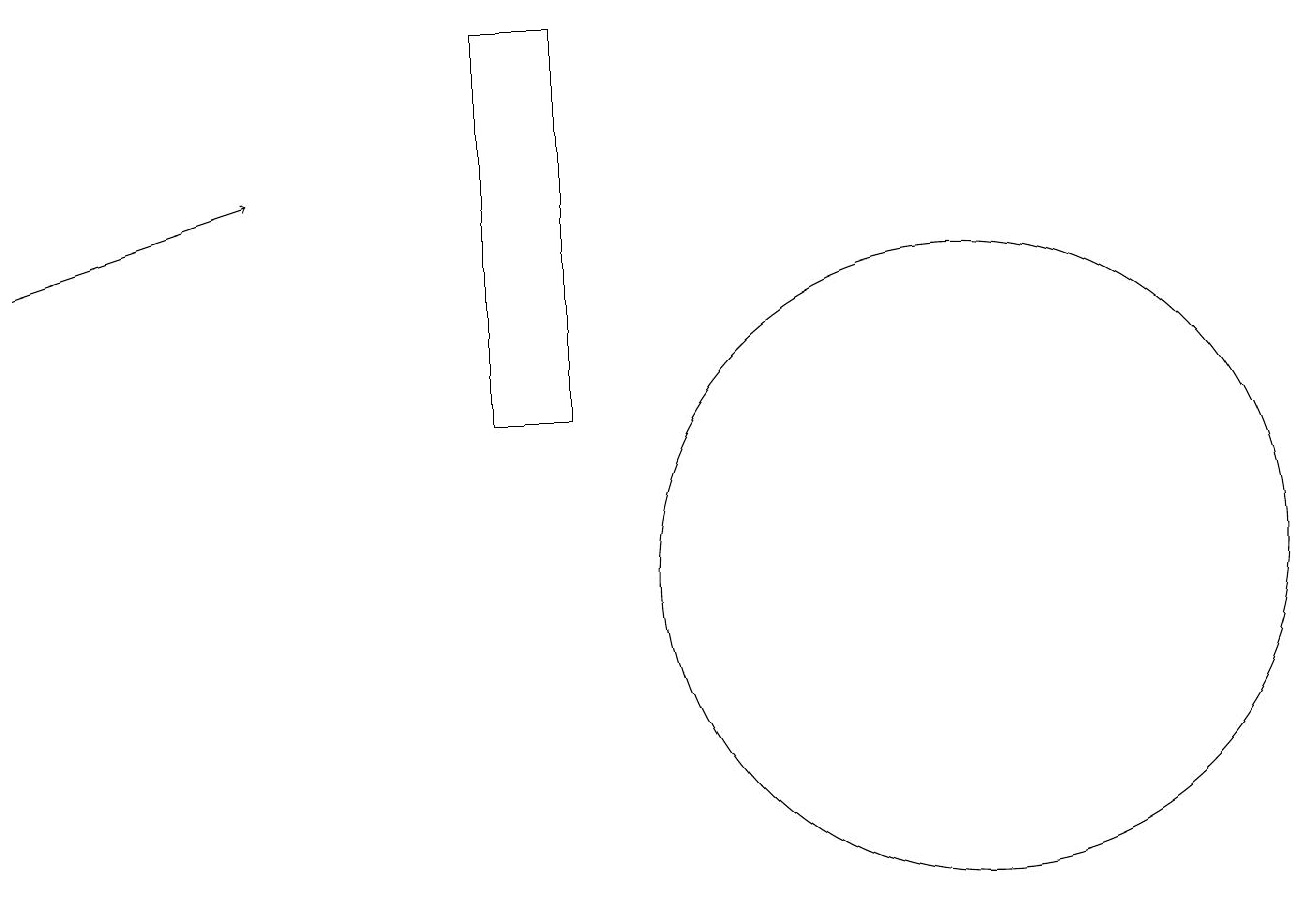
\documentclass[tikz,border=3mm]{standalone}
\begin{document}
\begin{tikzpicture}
\draw[->] (0,14) -- (3,15);
\draw (6,12) rectangle (7,17);
\draw (12,10) circle (4);
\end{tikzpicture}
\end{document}